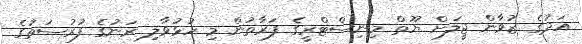
އަދުގެ ޒުވާން ޖީލަށް ޔޫތް މިނިސްޓްރީގެ ފަރާތުން މި ހުޅުވާލި ރަނުގެ ފުރުސަތުގެ